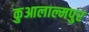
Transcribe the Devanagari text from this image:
कुआलाल्मपुर